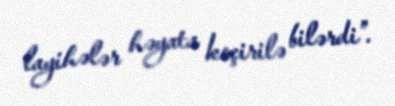
layihələr həyata keçirilə bilərdi”.